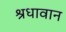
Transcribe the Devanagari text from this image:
श्रधावान